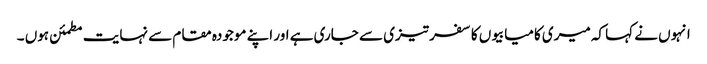
انہوں نے کہا کہ میری کامیابیوں کا سفر تیزی سے جاری ہے اور اپنے موجودہ مقام سے نہایت مطمئن ہوں ۔